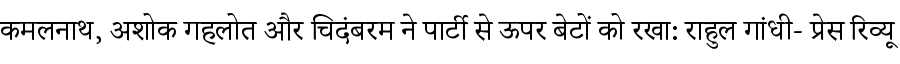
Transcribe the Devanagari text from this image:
कमलनाथ, अशोक गहलोत और चिदंबरम ने पार्टी से ऊपर बेटों को रखा: राहुल गांधी- प्रेस रिव्यू